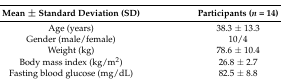
| Mean ± Standard Deviation (SD) | Participants (n = 14) |
 | --- | --- |
 | Age (years) | 38.3 ± 13.3 |
 | Gender (male/female) | 10/4 |
 | Weight (kg) | 78.6 ± 10.4 |
 | Body mass index (kg/m2) | 26.8 ± 2.7 |
 | Fasting blood glucose (mg/dL) | 82.5 ± 8.8 |